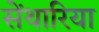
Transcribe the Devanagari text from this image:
सेंथारिया